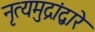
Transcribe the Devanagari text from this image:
नृत्यमुद्रांद्वारे